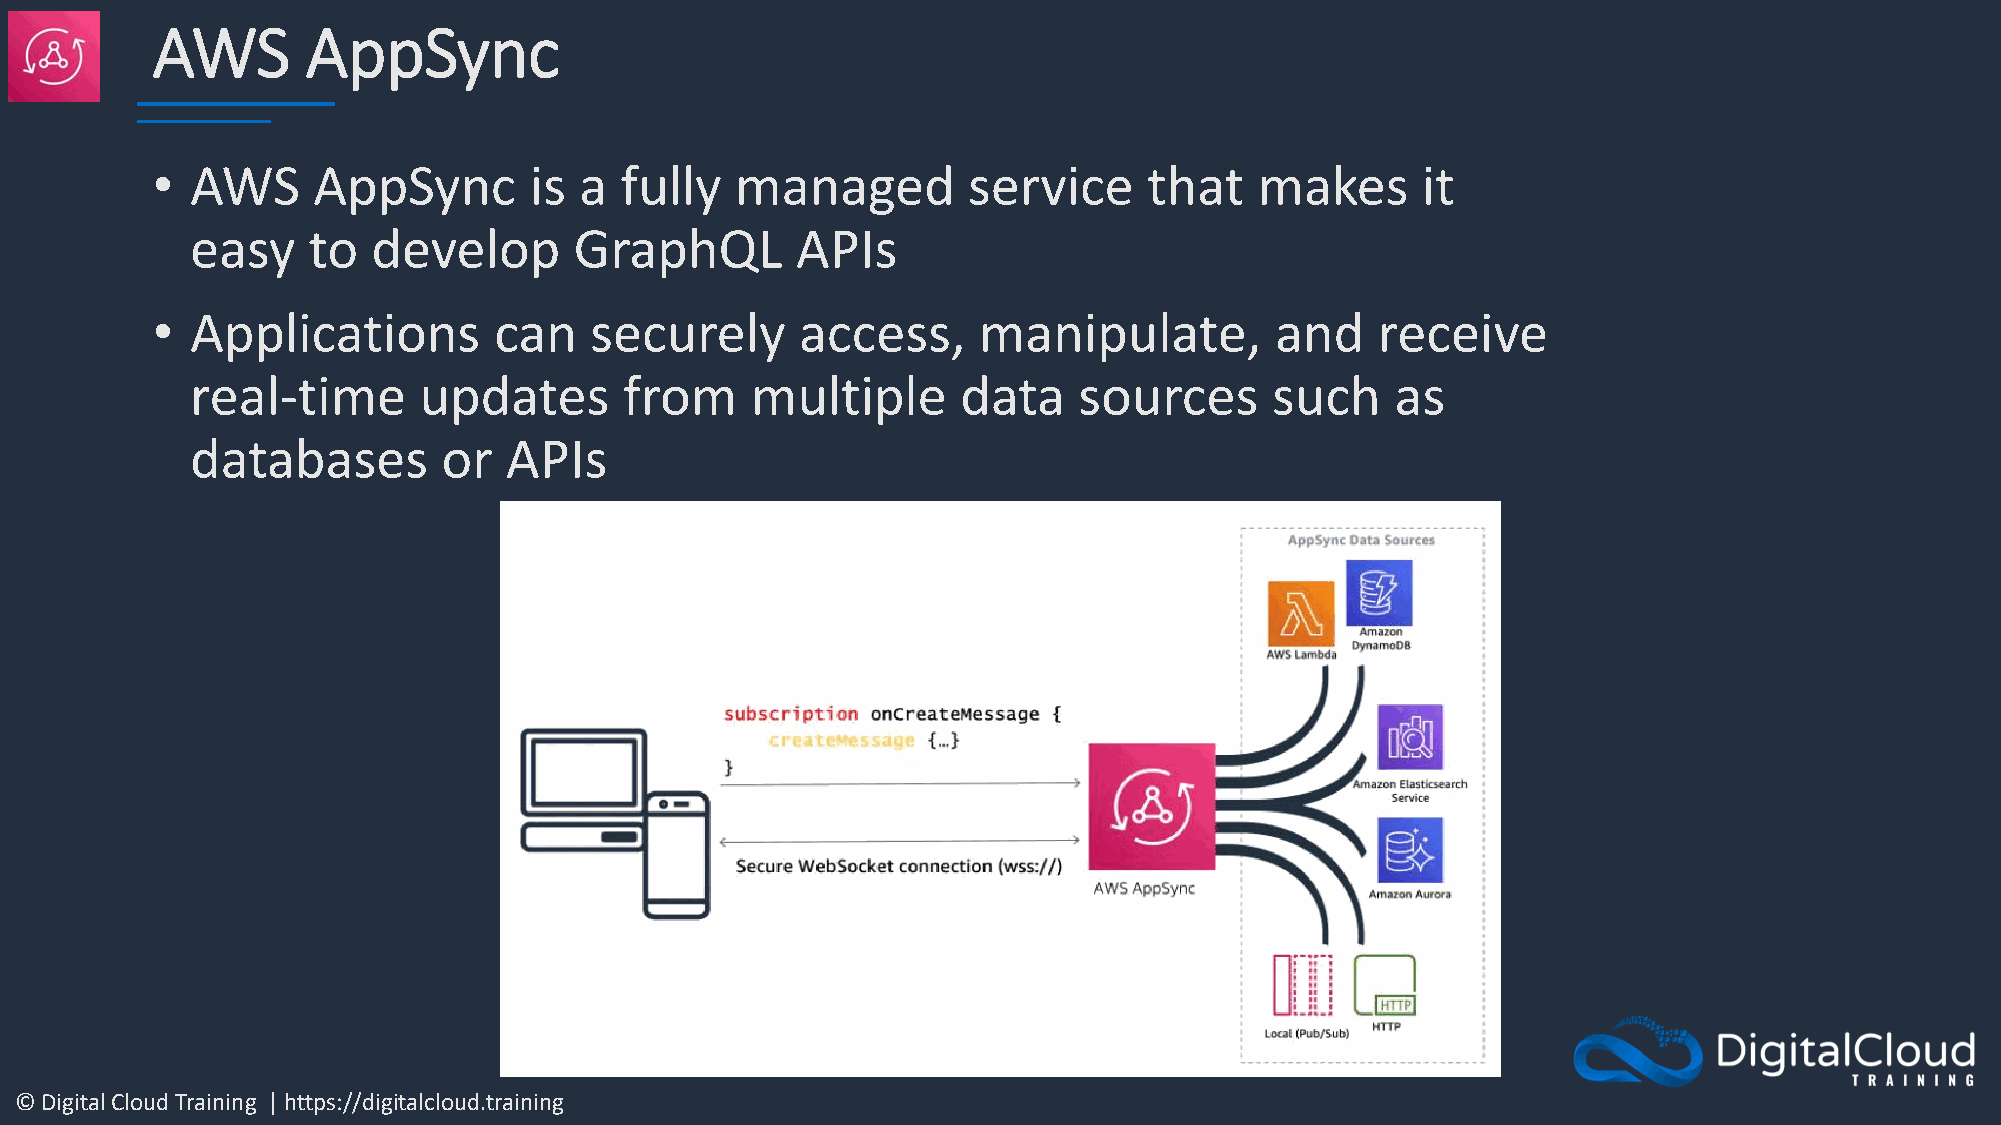
AWS       AppSync
 •  AWS     AppSync       is a  fully   managed        service     that   makes      it
 easy   to   develop      GraphQL        APIs
 •  Applications        can   securely      access,     manipulate,        and    receive
 real-time      updates      from     multiple      data   sources      such    as
 databases       or  APIs
 © Digital Cloud Training | https://digitalcloud.training